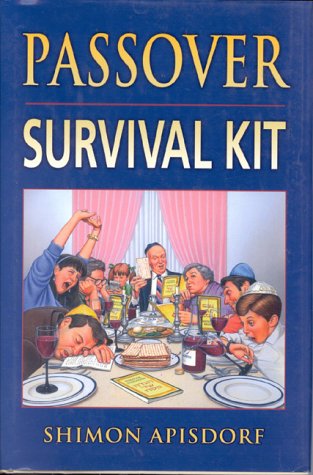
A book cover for Passover Survival Kit, Revised Edition; Apisdorf Shimon; Religion & Spirituality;